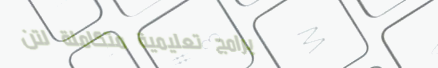
برامج تعليمية متكاملة لتن